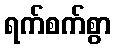
ရက်စက်စွာ